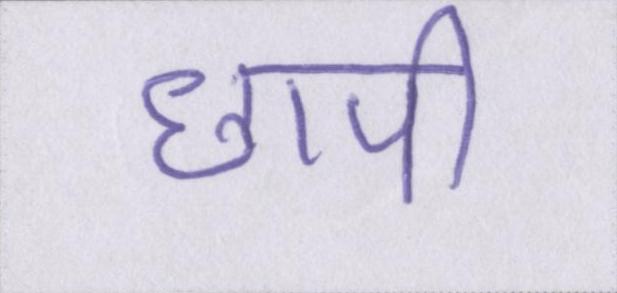
छापी